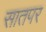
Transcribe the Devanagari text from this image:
सातपर